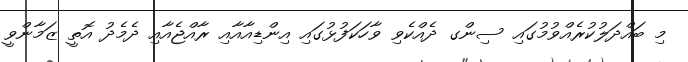
މި ބައްދަލުކުރެއްވުމުގައި ސިންގ ދެއްކެވި ވާހަކަފުޅުގައި އިންޑިއާއާއި ރާއްޖެއާއި ދެމެދު އޮތީ ޒަމާންވީ